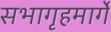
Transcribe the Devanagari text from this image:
सभागृहमार्गे